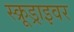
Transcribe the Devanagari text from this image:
स्क्रूड्राइवर